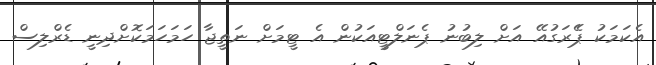
އެކަމަކު ޕެެރަގުއޭ އަށް ލިބުނު ޕެނަލްޓީއަކުން އެ ޓީމަށް ނަތީޖާ ހަމަހަމަކޮށްދިނީ ޑެރްލިސް